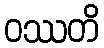
ဝဿတိ